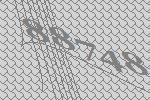
88748